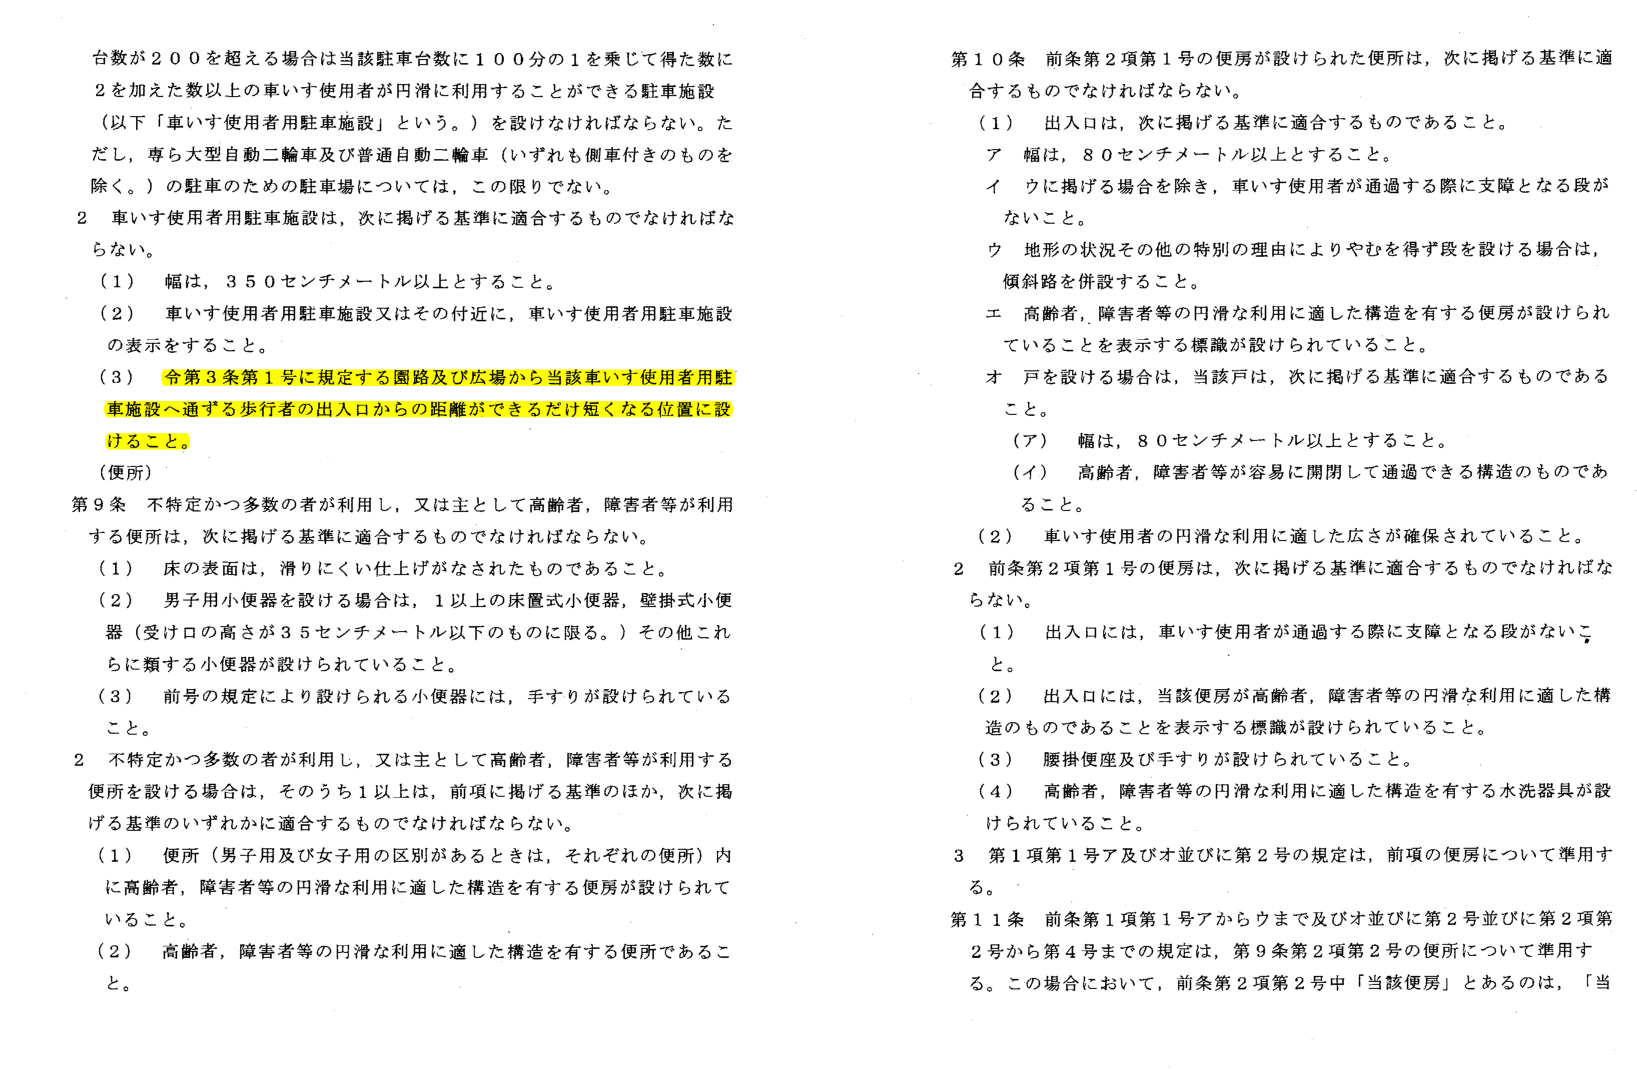
台数が２００を超える場合は当該駐車台数に１００分の１を乗じて得た数に
２を加えた数以上の車いす使用者が円滑に利用することができる駐車施設
（以下「車いす使用者用駐車施設」という。）を設けなければならない。ただし、専ら大型自動二輪車及び普通自動二輪車（いずれも側車付きのものを除く。）の駐車のための駐車場については、この限りでない。

２ 車いす使用者用駐車施設は、次に掲げる基準に適合するものでなければならない。
（１） 幅は、３５０センチメートル以上とすること。
（２） 車いす使用者用駐車施設又はその近付に、車いす使用者用駐車施設の表示をすること。
（３） 令第３条第１号に規定する園路及び広場から当該車いす使用者用駐車施設へ通ずる歩行者の出入口からの距離ができるだけ短くなる位置に設けること。

（便所）
第９条 不特定かつ多数の者が利用し、又は主として高齢者、障害者等が利用する便所は、次に掲げる基準に適合するものでなければならない。
（１） 床の表面は、滑りにくい仕上げがなされたものであること。
（２） 男子用小便器を設ける場合は、１以上の床置式小便器、壁掛式小便器（受け口の高さが３５センチメートル以下のものに限る。）その他これらに類する小便器が設けられていること。
（３） 前号の規定により設けられる小便器には、手すりが設けられていること。

２ 不特定かつ多数の者が利用し、又は主として高齢者、障害者等が利用する便所を設ける場合は、そのうち１以上は、前項に掲げる基準のほか、次に掲げる基準のいずれかに適合するものでなければならない。
（１） 便所（男子用及び女子用の区別があるときは、それぞれの便所）内に高齢者、障害者等の円滑な利用に適した構造を有する便房が設けられていること。
（２） 高齢者、障害者等の円滑な利用に適した構造を有する便所であること。

第１０条 前条第２項第１号の便房が設けられた便所は、次に掲げる基準に適合するものでなければならない。
（１） 出入口は、次に掲げる基準に適合するものであること。
　ア 幅は、８０センチメートル以上とすること。
　イ ウに掲げる場合を除き、車いす使用者が通過する際に支障となる段がないこと。
　ウ 地形の状況その他の特別の理由によりやむを得ず段を設ける場合は、傾斜路を併設すること。
　エ 高齢者、障害者等の円滑な利用に適した構造を有する便房が設けられていることを表示する標識が設けられていること。
　オ 戸を設ける場合は、当該戸は、次に掲げる基準に適合するものであること。
　　（ア） 幅は、８０センチメートル以上とすること。
　　（イ） 高齢者、障害者等が容易に開閉して通過できる構造のものであること。
（２） 車いす使用者の円滑な利用に適した広さが確保されていること。

２ 前条第２項第１号の便房は、次に掲げる基準に適合するものでなければならない。
（１） 出入口には、車いす使用者が通過する際に支障となる段がないこと。
（２） 出入口には、当該便房が高齢者、障害者等の円滑な利用に適した構造のものであることを表示する標識が設けられていること。
（３） 腰掛便座及び手すりが設けられていること。
（４） 高齢者、障害者等の円滑な利用に適した構造を有する水洗器具が設けられていること。

３ 第１項第１号ア及びオ並びに第２号の規定は、前項の便房について準用する。

第１１条 前条第１項第１号アからウまで及びオ並びに第２号並びに第２項第２号から第４号までの規定は、第９条第２項第２号の便所について準用する。この場合において、前条第２項第２号中「当該便房」とあるのは、「当